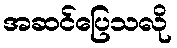
အဆင်ပြေသလို